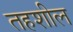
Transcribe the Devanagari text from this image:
तहशील